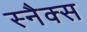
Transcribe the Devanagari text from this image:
स्‍नैक्स